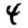
Digit: 4